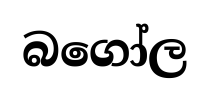
බගෝල